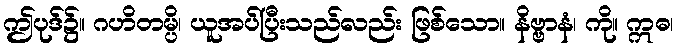
ဤပုဒ်၌။ ဂဟိတမ္ပိ၊ ယူအပ်ပြီးသည်လည်း ဖြစ်သော။ နိဗ္ဗာနံ၊ ကို။ ဣဓ၊